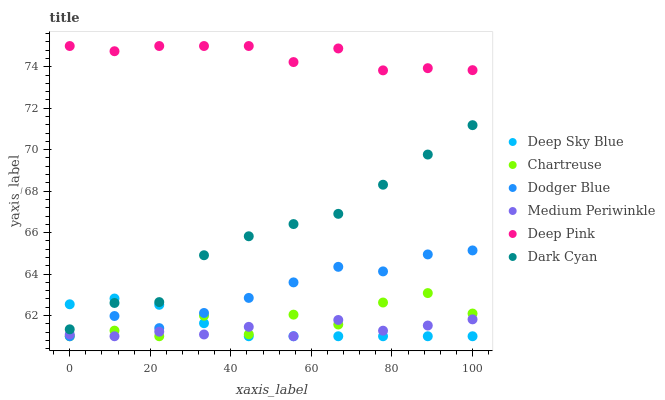
| xaxis_label | Deep Sky Blue | Chartreuse | Dodger Blue | Medium Periwinkle | Deep Pink | Dark Cyan |
 | --- | --- | --- | --- | --- | --- | --- |
 | 0 | 62.5 | 61 | 61 | 61.1 | 75 | 61.3 |
 | 11.1 | 62.8 | 61.3 | 62 | 61 | 74.7 | 62.6 |
 | 22.2 | 62.5 | 61 | 61.4 | 61.2 | 75 | 62.6 |
 | 33.3 | 61.6 | 62 | 62.1 | 61.1 | 75 | 64.9 |
 | 44.4 | 61 | 61.1 | 62.8 | 61.5 | 75 | 65.8 |
 | 55.6 | 61 | 62 | 63.6 | 61 | 74.2 | 66.4 |
 | 66.7 | 61 | 61.6 | 64.3 | 61.8 | 74.9 | 66.9 |
 | 77.8 | 61 | 62.6 | 64.1 | 61.3 | 73.8 | 68.3 |
 | 88.9 | 61 | 63.1 | 64.9 | 61.5 | 73.9 | 69.8 |
 | 100 | 61 | 62.1 | 65.1 | 61.8 | 73.8 | 71.2 |